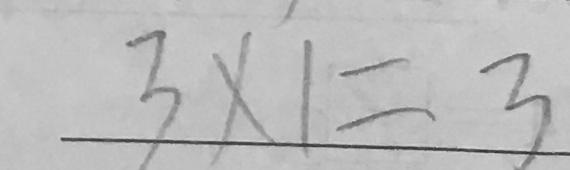
3 \times 1 = 3